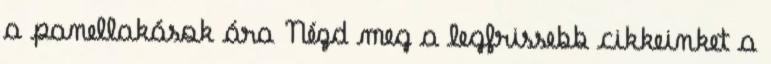
a panellakások ára Nézd meg a legfrissebb cikkeinket a